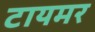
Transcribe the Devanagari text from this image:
टायमर